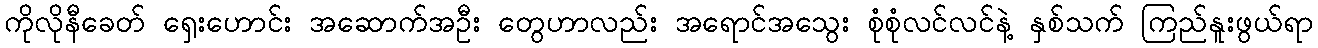
ကိုလိုနီခေတ် ရှေးဟောင်း အဆောက်အဦး တွေဟာလည်း အရောင်အသွေး စုံစုံလင်လင်နဲ့ နှစ်သက် ကြည်နူးဖွယ်ရာ